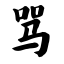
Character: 骂